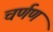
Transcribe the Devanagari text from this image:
चर्णण